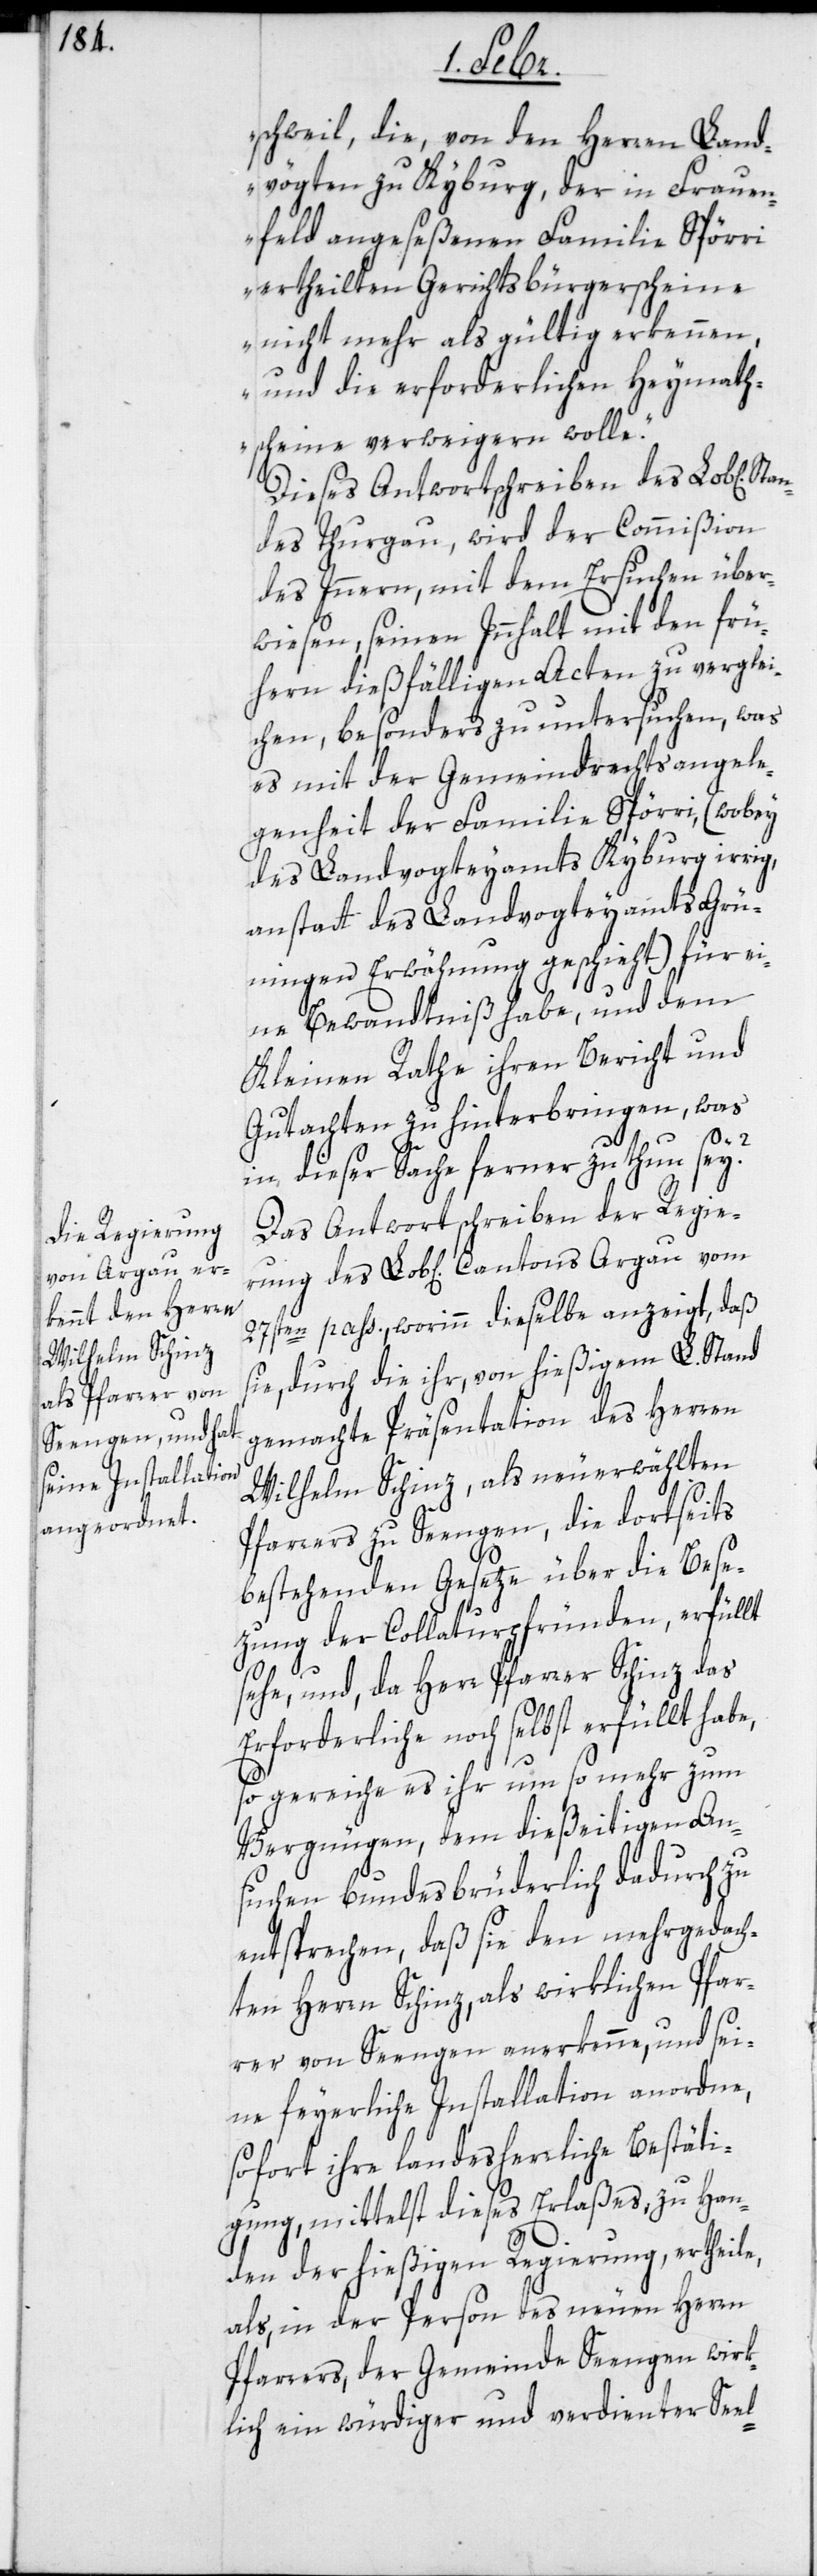
Stan¬
schweil, die, von den Herren Land¬
vögten zu Kyburg, der in Frauen¬
feld angeseßenen Familie Spörri
ertheilten Gerichtsbürgerscheine
nicht mehr als gültig erkennen,
und die erforderlichen Heymaths¬
cheine verweigern wolle“.
Dieses Antwortschreiben des Lob[lichen]
des Thurgau, wird der Commißion
des Inneren, mit dem Ersuchen über¬
wiesen, seinen Innhalt mit den frü¬
hern dießfälligen Acten zu verglei¬
chen, besonders zu untersuchen, was
es mit der Gemeindrechtsangele¬
genheit der Familie Spörri, (wobey
des Landvogteyamts Kyburg irrig,
anstatt des Landvogteyamts Grü¬
ningen Erwähnung geschieht) für ei¬
ne Bewandtniß habe, und dem
Kleinen Rathe ihren Bericht und
Gutachten zu hinterbringen, was
in dieser Sache ferner zu thun sey?
Das Antwortschreiben der Regie¬
rung des Lob[lichen] Cantons Argau vom
27sten pass., worinn dieselbe anzeigt, daß
sie, durch die ihr, von hießigem L. Stand
gemachte Präsentation des Herren
Wilhelm Schinz, als neuerwählten
Pfarrers zu Seengen, die dortseits
bestehenden Gesetze über die Bese¬
zung der Collaturpfründen, erfüllt
sehe, und da Herr Pfarrer Schinz das
Erforderliche noch selbst erfüllt habe,
so gereiche es ihr um so mehr zum
Vergnügen, dem dießeitigen An¬
suchen bundesbrüderlich dadurch zu
entsprechen, daß sie den mehrgedach¬
ten Herrn Schinz, als wirklichen Pfar¬
rer von Seengen anerkenne, und sei¬
ne feyerliche Installation anordne,
sofort ihre landesherrliche Bestäti¬
gung, mittelst dieses Erlaßes, zu Han¬
den der hießigen Regierung, ertheile,
als, in der Person des neuen Herrn
Pfarrers, der Gemeinde Seengen wirk¬
lich ein würdiger und verdienter Seel-